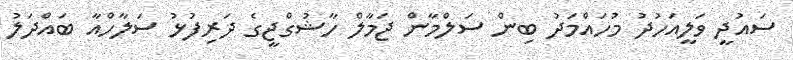
ސައުދީ ވަލީއަހުދު މުހައްމަދު ބިން ސަލްމާން ޖަމާލް ހާޝުގްޖީގެ ދަރިފުޅު ސަލާހްއާ ބައްދަލު